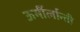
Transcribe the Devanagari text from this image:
ऊर्मीर्लान्ती